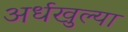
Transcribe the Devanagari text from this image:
अर्धखुल्या